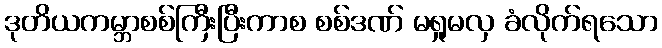
ဒုတိယကမ္ဘာစစ်ကြီးပြီးကာစ စစ်ဒဏ် မရှုမလှ ခံလိုက်ရသော